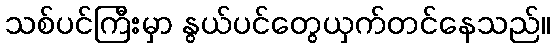
သစ်ပင်ကြီးမှာ နွယ်ပင်တွေယှက်တင်နေသည်။